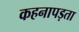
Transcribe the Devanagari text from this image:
कहनापड़ता